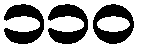
၁၁၀